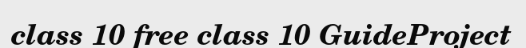
class 10 free class 10 GuideProject